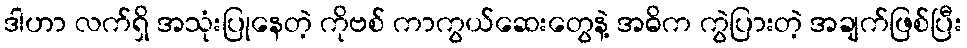
ဒါဟာ လက်ရှိ အသုံးပြုနေတဲ့ ကိုဗစ် ကာကွယ်ဆေးတွေနဲ့ အဓိက ကွဲပြားတဲ့ အချက်ဖြစ်ပြီး